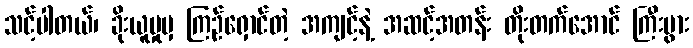
သင့်ပါတယ်၊ ခိုးယူမှုမှ ကြဉ်ရှောင်တဲ့ အကျင့်နဲ့ အဆင့်အတန်း တိုးတက်အောင် ကြီးပွား